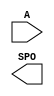
module CAR_COS_ROM(
	A,
	SPO);


input [7 : 0] A;
output [7 : 0] SPO;

// synthesis translate_off

      C_DIST_MEM_V7_1 #(
		.C_ADDR_WIDTH(8),
		.C_DEFAULT_DATA("0"),
		.C_DEFAULT_DATA_RADIX(1),
		.C_DEPTH(256),
		.C_ENABLE_RLOCS(1),
		.C_GENERATE_MIF(1),
		.C_HAS_CLK(0),
		.C_HAS_D(0),
		.C_HAS_DPO(0),
		.C_HAS_DPRA(0),
		.C_HAS_I_CE(0),
		.C_HAS_QDPO(0),
		.C_HAS_QDPO_CE(0),
		.C_HAS_QDPO_CLK(0),
		.C_HAS_QDPO_RST(0),
		.C_HAS_QDPO_SRST(0),
		.C_HAS_QSPO(0),
		.C_HAS_QSPO_CE(0),
		.C_HAS_QSPO_RST(0),
		.C_HAS_QSPO_SRST(0),
		.C_HAS_RD_EN(0),
		.C_HAS_SPO(1),
		.C_HAS_SPRA(0),
		.C_HAS_WE(0),
		.C_LATENCY(0),
		.C_MEM_INIT_FILE("CAR_COS_ROM.mif"),
		.C_MEM_TYPE(0),
		.C_MUX_TYPE(0),
		.C_QCE_JOINED(0),
		.C_QUALIFY_WE(0),
		.C_READ_MIF(1),
		.C_REG_A_D_INPUTS(0),
		.C_REG_DPRA_INPUT(0),
		.C_SYNC_ENABLE(0),
		.C_WIDTH(8))
	inst (
		.A(A),
		.SPO(SPO),
		.D(),
		.DPRA(),
		.SPRA(),
		.I_CE(),
		.QSPO_CE(),
		.WE(),
		.CLK(),
		.QDPO_CE(),
		.QDPO_CLK(),
		.RD_EN(),
		.QSPO_RST(),
		.QDPO_RST(),
		.QSPO_SRST(),
		.QDPO_SRST(),
		.QSPO(),
		.DPO(),
		.QDPO());


// synthesis translate_on

// XST black box declaration
// box_type "black_box"
// synthesis attribute box_type of CAR_COS_ROM is "black_box"

endmodule